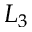
L _ { 3 }